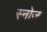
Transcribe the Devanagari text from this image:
स्नोज़